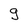
Character: g